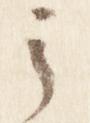
之